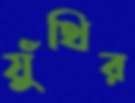
যুঁথির